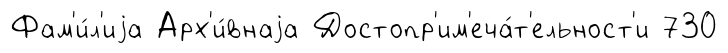
Фам'и́л'иjа Арх'и́внаjа Достопр'им'еча́т'ельност'и 730